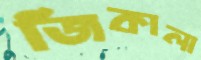
জিকালা